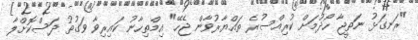
"ރަނގަޅު ނަތީޖާ ހޯދުމަށް ކުރިއްސުރެ ތައްޔާރުވާން ޖެހޭ" އިމްތިހާނު ކައިރިވާ ވަގުތު ދަސްކޮށްލާ